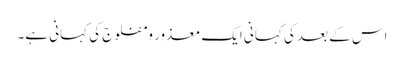
اس کے بعد کی کہانی ایک معذور و مفلوج کی کہانی ہے۔